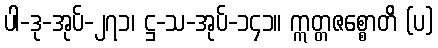
ပါ-ဒု-အုပ်-၂၇၁၊ ဋ္ဌ-သ-အုပ်-၁၄၁။ ဣတ္တဇစ္စောတိ (ပ)